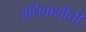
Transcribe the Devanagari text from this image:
अधिवाशीची